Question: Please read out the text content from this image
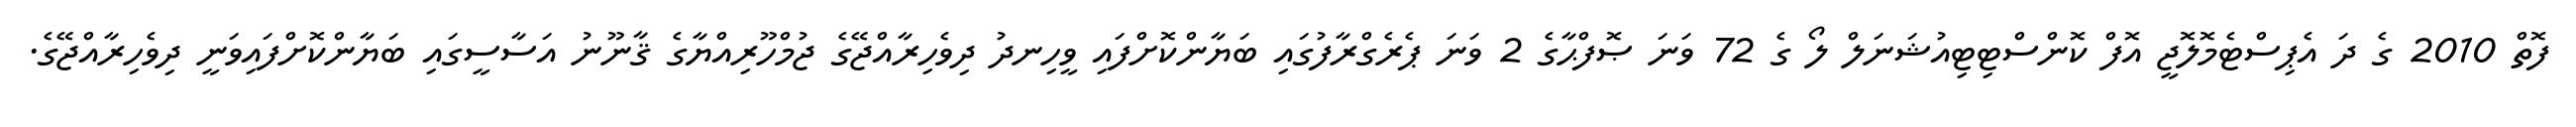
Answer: ފޮތް 2010 ގެ ދަ އެޕިސްޓެމޮލޮޖީ އޮފް ކޮންސްޓިޓިއުޝަނަލް ލޯ ގެ 72 ވަނަ ޞޮފްޙާގެ 2 ވަނަ ޕެރެގްރާފުގައި ބަޔާންކޮށްފައި ވީހިނދު ދިވެހިރާއްޖޭގެ ޖުމްހޫރިއްޔާގެ ޤާނޫނު އަސާސީގައި ބަޔާންކޮށްފައިވަނީ ދިވެހިރާއްޖޭގެ.